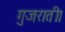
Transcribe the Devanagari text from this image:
गुजराती।